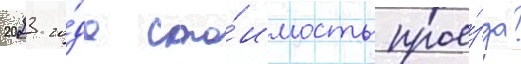
2023 го́да сто́имость прое́зда